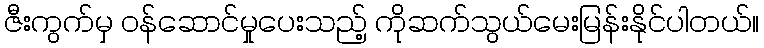
ဇီးကွက်မှ ၀န်ဆောင်မှုပေးသည့် ကိုဆက်သွယ်မေးမြန်းနိုင်ပါတယ်။